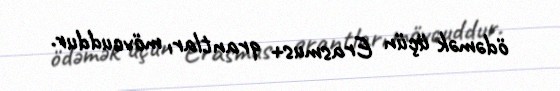
ödəmək üçün Erasmus+ qrantları mövcuddur.